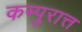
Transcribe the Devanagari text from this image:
कम्पुरात्त